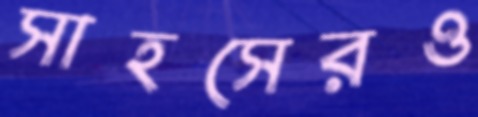
সাহসেরও